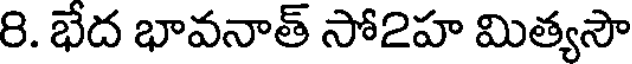
8. భేద భావనాత్ సో2హ మిత్యసౌ